Leaving Certificate Examination, 1911
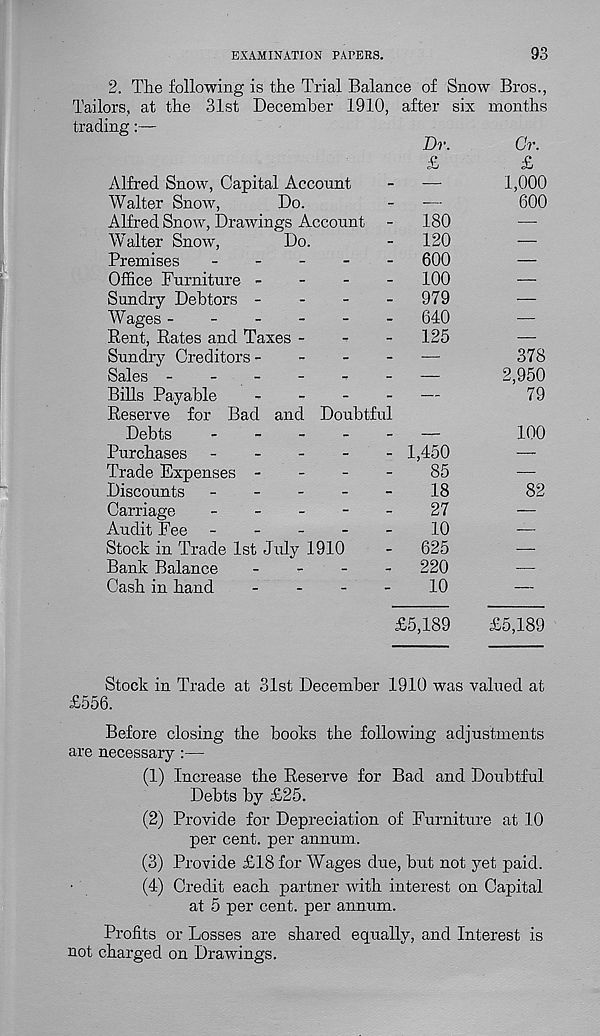
EXAMINATION PAPERS.
93
2. The following is the Trial Balance of
Tailors, at the 31st December 1910, after
trading:—
Snow Bros.,
months
six
Alfred Snow, Capital Acconnt
Walter Snow,
Do.
Alfred Snow, Drawings Account
Walter Snow,
Do.
Premises
_
_
_
-
-
Office Furniture -
-
-
-
Sundry Debtors -
-
-
-
Wages ------
Rent, Rates and Taxes -
-
-
Sundry Creditors-
-
-
-
Sales -
-
-
Bills Payable
-
-
-
-
Reserve for Bad and Doubtful
Debts
.
_
_
_
_
Purchases -
-
-
-
-
Trade Expenses -
-
-
-
Discounts
-
-
-
-
-
Carriage
_
_
_
-
_
Audit Fee -
-
-
-
-
Stock in Trade 1st July 1910
Bank Balance
-
-
-
-
Cash in hand
-
-
-
-
Dr.
£
180
120
600
100
979
640
125
1,450
85
18
27
10
625
220
10
Gr.
£
1,000
600
378
2,950
79
100
82
£5,189
£5,189
Stock in Trade at 31st December 1910 was valued at
£556.
Before closing the books the following adjustments
are necessary :—
(1) Increase the Reserve for Bad and Doubtful
Debts by £25.
(2) Provide for Depreciation of Furniture at 10
per cent, per annum.
(3) Provide £18 for Wages due, but not yet paid.
(4) Credit each partner with interest on Capital
at 5 per cent, per annum.
Profits or Losses are shared equally, and Interest is
not charged on Drawings.